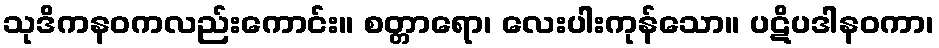
သုဒိကနဝကလည်းကောင်း။ စတ္တာရော၊ လေးပါးကုန်သော။ ပဋိပဒါနဝကာ၊